system: You are a helpful assistant.
user:
Analyze the provided spectrum to determine if it is a **"Cataclysmic Variables (CV)"**.

- **Key Indicators for CV (Check for either state):**
    - **State 1: Quiescent / Low-State (Emission-Dominated)**
        - **(Primary):** Strong and *very broad* Hydrogen Balmer emission lines (e.g., $H\alpha$ at 6563 Å, $H\beta$ at 4861 Å). The 'broadness' (high velocity dispersion, often FWHM > 1000 km/s) is the key diagnostic, indicating a high-velocity accretion disk.
        - **(Secondary):** Broad neutral Helium (He I) emission lines (e.g., 5876 Å, 6678 Å).
        - **(Key Confirmation):** Presence of high-excitation *ionized* Helium (He II) emission at 4686 Å. This is a strong indicator of accretion onto a white dwarf.
        - **(Line Profile):** Emission lines may exhibit a 'double-peaked' profile, which is a classic signature of a rotating accretion disk viewed at high inclination.

    - **State 2: Outburst / High-State (Absorption-Dominated)**
        - **(Primary):** Spectrum is dominated by a bright, blue continuum (looks like a hot star).
        - **(Secondary):** The emission lines from State 1 are weak, absent, or 'filled in', and are replaced by broad, shallow *absorption* lines (primarily Balmer and He I).
        - **(Morphology):** The overall spectrum mimics a hot B/A-type star. The crucial difference is that the absorption lines are significantly broader, shallower, and more 'washed-out' (or 'smeared') than the sharp lines of a normal stellar photosphere, due to high rotational speeds and pressure broadening in the disk.

Think first, call **spectral_visualization_tool** if needed to examine features in detail, then provide your final answer. Your response must adhere to the following strict rules:
1.  **Overall Structure:** Your response must follow the format `<think>...</think> <tool_call>...</tool_call> (if a tool is used) <answer>...</answer>`.
2.  **Tool Usage Constraint:** You may only make **one** tool call per turn.
3.  **Final Answer Format:** In the `<answer>` tag, your conclusion must be inside a `\boxed{}` command (e.g., `\boxed{YES}`), followed by your justification.

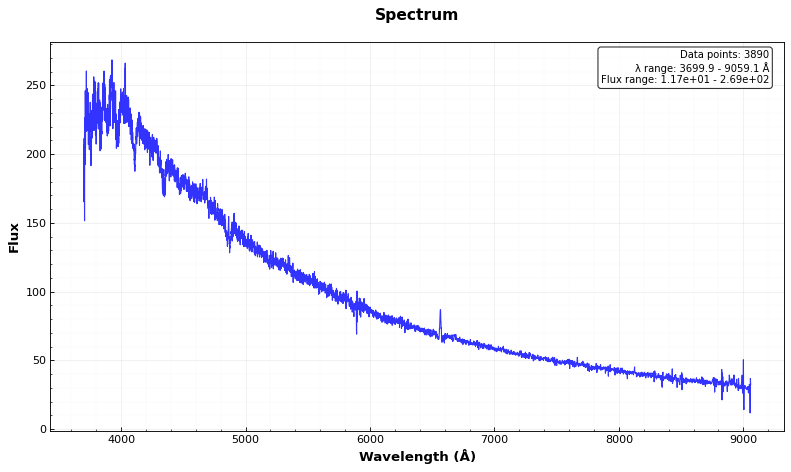
Answer: YES